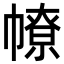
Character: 𢄷